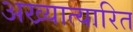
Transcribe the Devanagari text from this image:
अख्यात्यारित